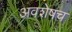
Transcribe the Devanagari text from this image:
अवशेषच